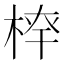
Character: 𣔏